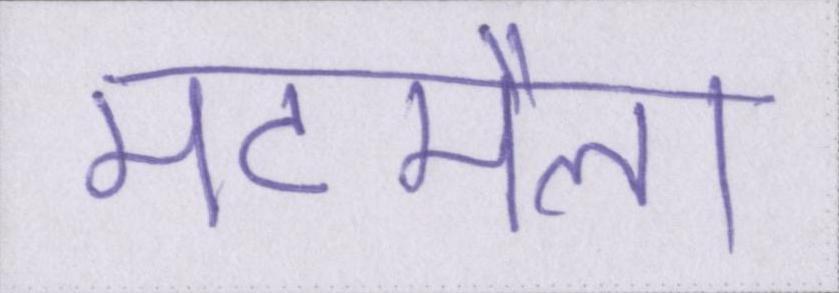
मटमैला